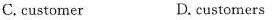
C. customer D. customers